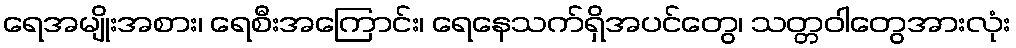
ရေအမျိုးအစား၊ ရေစီးအကြောင်း၊ ရေနေသက်ရှိအပင်တွေ၊ သတ္တဝါတွေအားလုံး